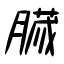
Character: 臓